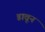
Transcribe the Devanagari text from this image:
डावून